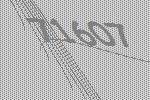
71607